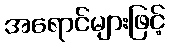
အရောင်များဖြင့်